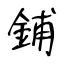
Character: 鋪